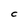
Character: C